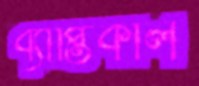
ব্যাপ্তিকাল